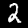
Digit: 2